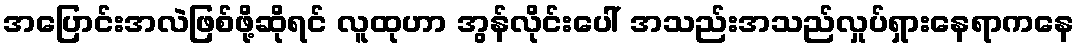
အပြောင်းအလဲဖြစ်ဖို့ဆိုရင် လူထုဟာ အွန်လိုင်းပေါ် အသည်းအသည်လှုပ်ရှားနေရာကနေ